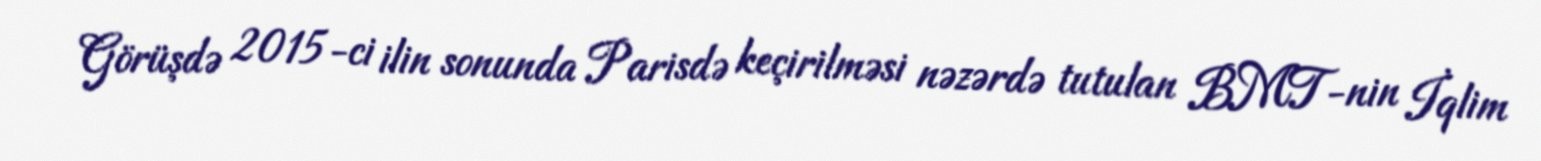
Görüşdə 2015-ci ilin sonunda Parisdə keçirilməsi nəzərdə tutulan BMT-nin İqlim